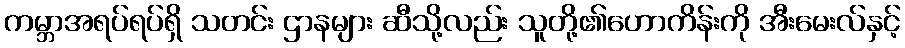
ကမ္ဘာအရပ်ရပ်ရှိ သတင်း ဌာနများ ဆီသို့လည်း သူတို့၏ဟောကိန်းကို အီးမေးလ်နှင့်